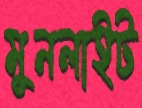
মুনলাইট